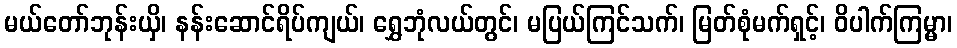
မယ်တော်ဘုန်းယှိ၊ နန်းဆောင်ရိပ်ကျယ်၊ ရွှေဘုံလယ်တွင်၊ မပြယ်ကြင်သက်၊ မြတ်စုံမက်ရှင့်၊ ဝိပါက်ကြမ္မာ၊